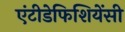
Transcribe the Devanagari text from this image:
एंटीडेफिशियेंसी